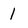
Character: 1